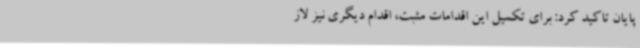
پایان تاکید کرد: برای تکمیل این اقدامات مثبت، اقدام دیگری نیز لاز